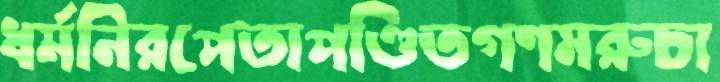
ধর্মনিরপেতাপণ্ডিতগণমরুচা